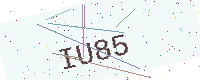
Text: IU85